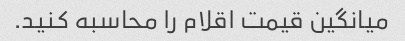
میانگین قیمت اقلام را محاسبه کنید.